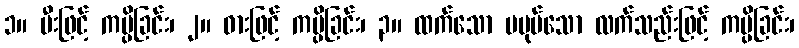
၁။ မီးဖြင့် ကပ္ပိခြင်း၊ ၂။ ဓားဖြင့် ကပ္ပိခြင်း၊ ၃။ ထက်သော မပုပ်သော လက်သည်းဖြင့် ကပ္ပိခြင်း၊